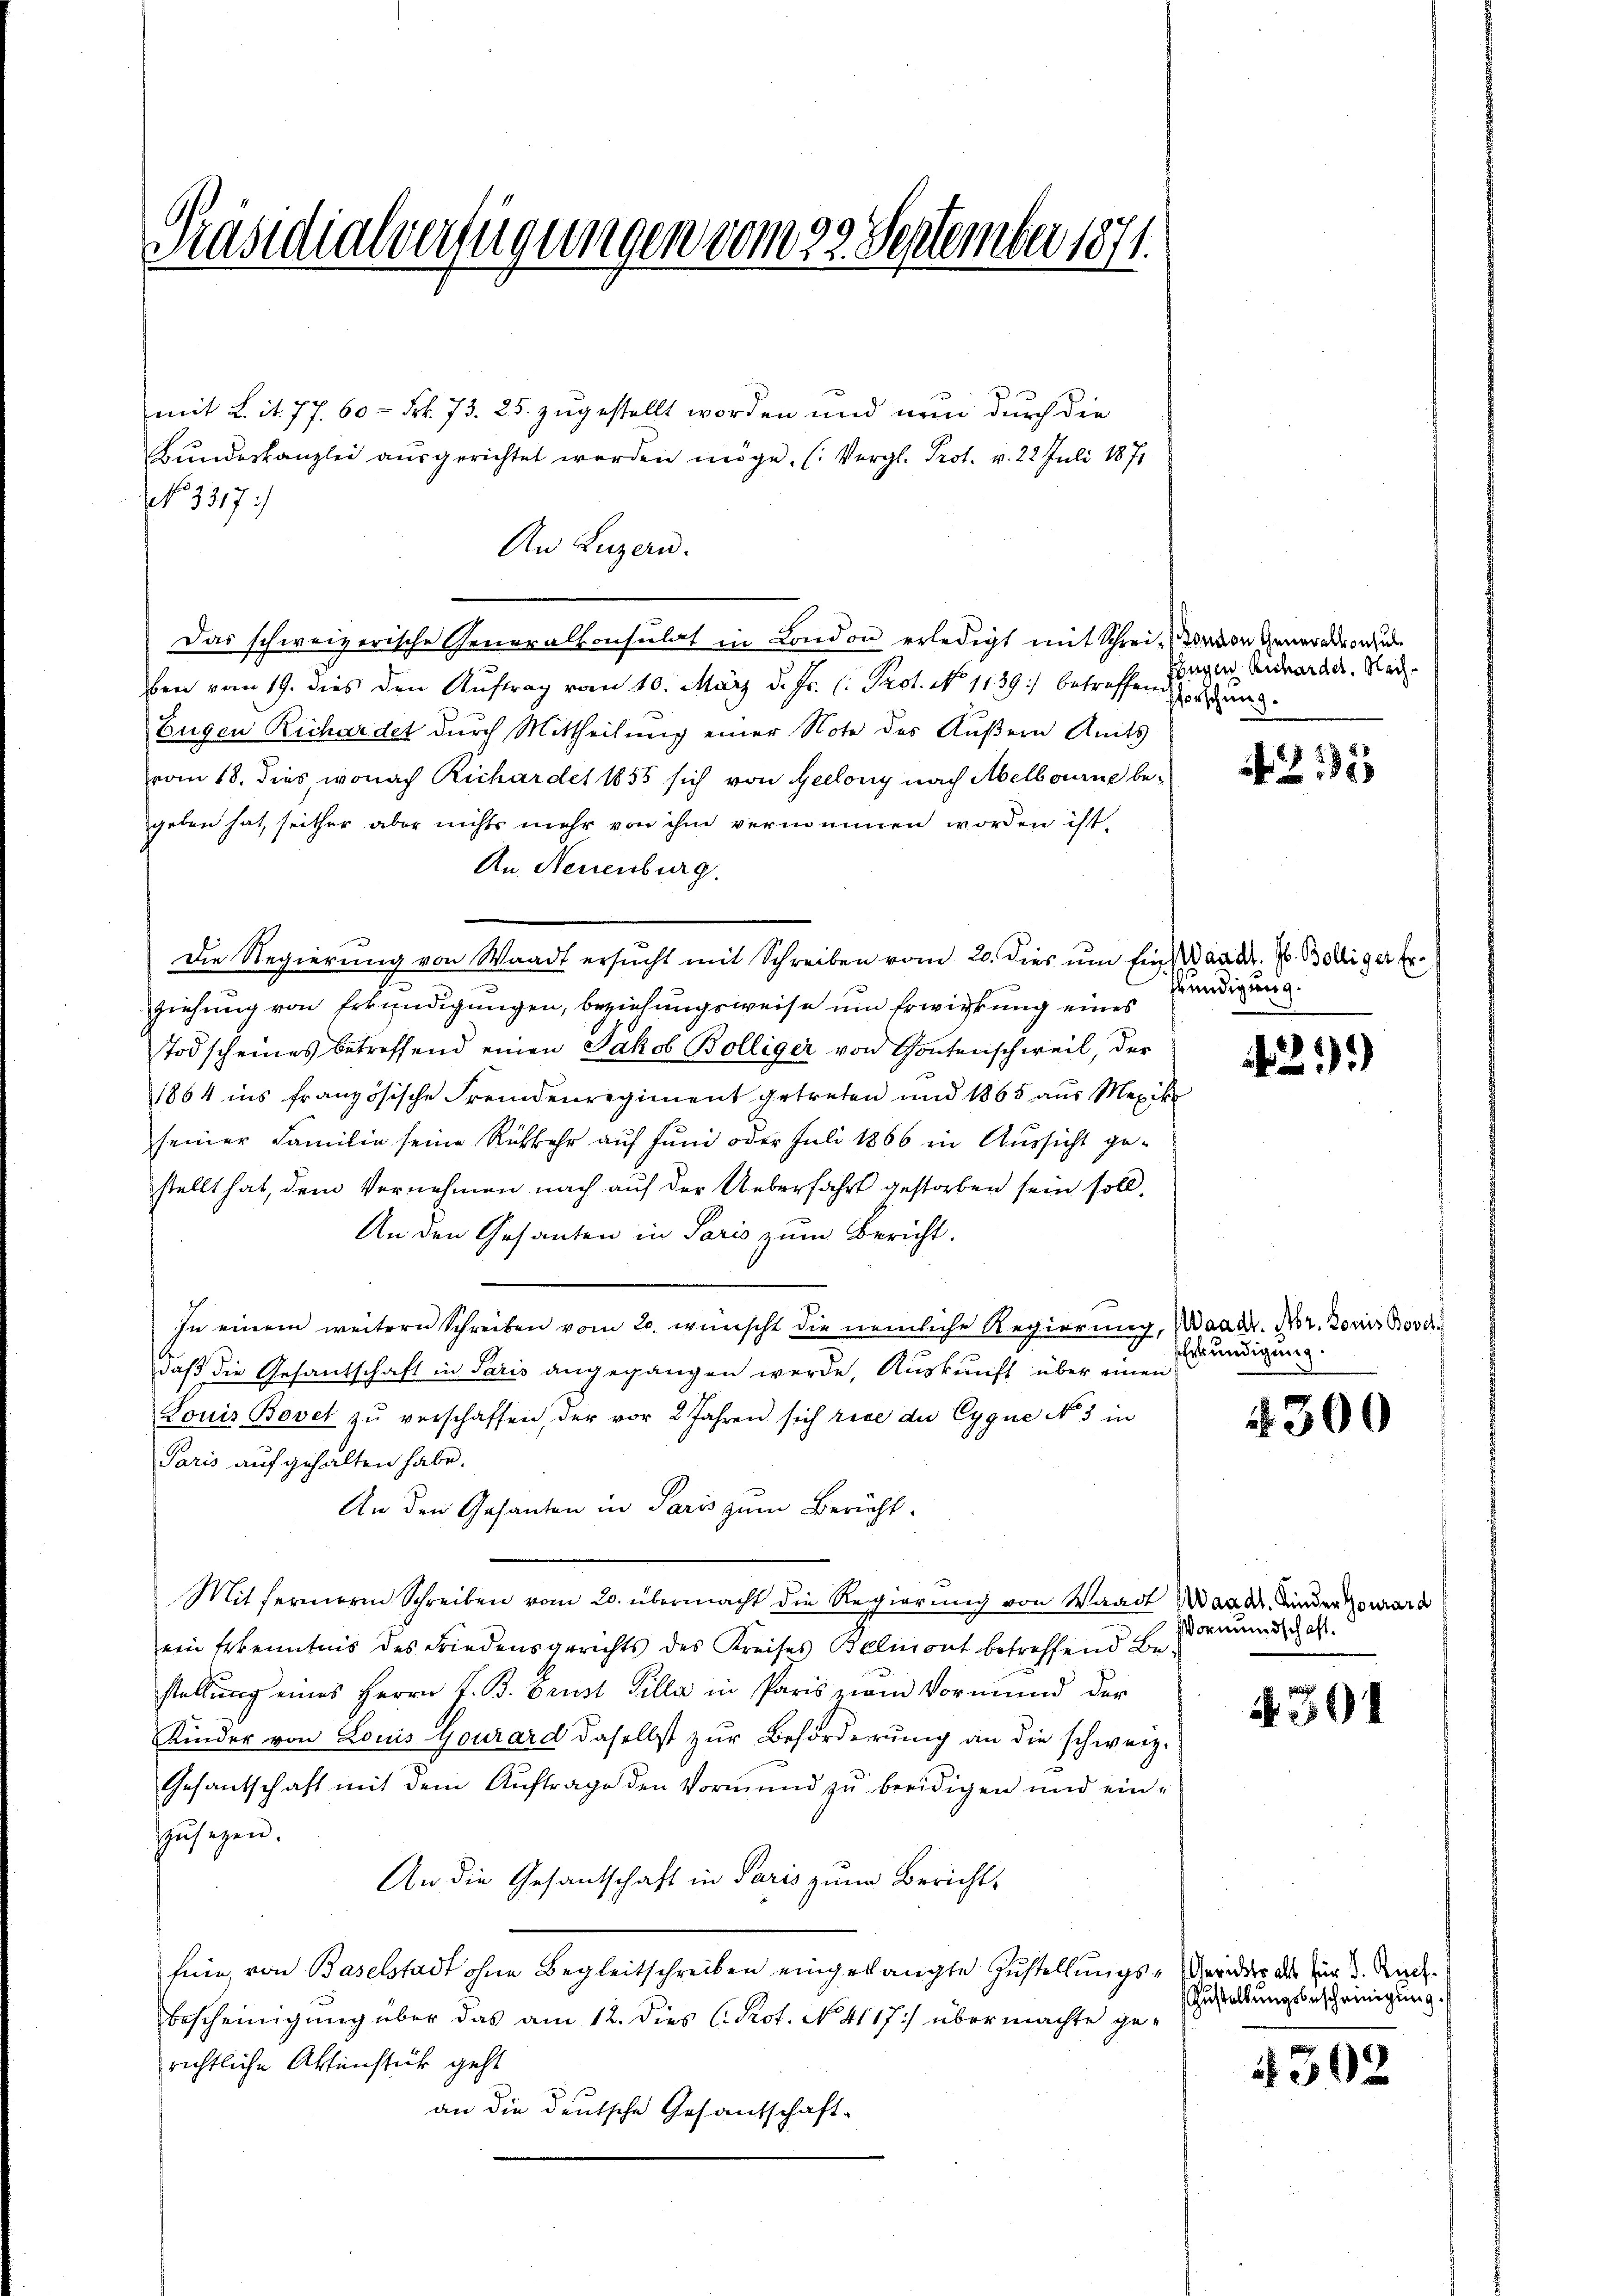
Präsidialverfügungen vom 29. September 1871.

mit Lit. 77. 60 = Frk. 73. 25. zugestellt worden und nun durch die
Bundeskanzlei ausgerichtet werden möge. (Vergl. Prot. v. 22. Juli 1871
An Luzern.
Das schweizerische Generalkonsulat in London erledigt mit Schrei-orvon Generalvorzu
ben vom 19. dies den Auftrag vom 10. März d. Js. l. Prot. No 1139) betreffend herung
Eugen Richardet durch Mittheilung einer Note des Äußern Amts
vom 18. dies, wonach Richardet 1855 sich von Geelony nach Abelbourne begeben hat, seither aber nichts mehr von ihm vernommen worden ist,
An Neuenburg.
ziehung von Erkundigungen, beziehungsweise um Erwirkung eines
Todscheines betreffend einen Jakob Bölliger von Gontenschweil, der
1864 ins französische Fremdenregiment getreten und 1865 aus Mexik
seiner Familie seine Rückkehr auf Juni oder Juli 1866 in Aussicht gestellt hat, dem Vernehmen nach auf der Ueberfahrt gestorben sein soll,
An den Gesanten in Paris zum Bericht.
In einem weitern Schreiben vom 20. wünscht die nemliche Regierung, Waadt. No 2. Doris Bover
daß die Gesantschaft in Paris angegangen werde, Auskunft über einen
Louis Bovet zŭ verschaffen, der vor 2 Jahren sich rice der Cygne No 5 in
Paris auf gehalten habe.
An den Gesanten in Paris zum Bericht.
Mitferner Schreiben vom 20. übermacht die Regierung von Waadt Wandr. Kinder ward
ein Erkenntnis des Friedensgerichts des Kreises Belmont betreffend Be-
stellung eines Herrn J. B. Brust Gilla in Paris zum Vormund der
Kinder von Louis Gourard daselbst zur Beförderung an die schweiz.
Gesantschaft mit dem Auftrage den Vormund zu beeidigen und ein-
zŭsezen.
An die Gesantschaft in Paris zum Bericht-
fein, von Baselstadt ohne Begleitschreiben eingelangte Zustellungs-Geridder als für 3. Ruck.
bescheinigung über das am 12. dies C. Prot. No. 4117) übermachte gerichtliche Aktenstück geht
an die deutsche Gesandschaft-

No. 3317)

Die Regierung von Waadt ersŭcht mit Schreiben vom 20. dies ŭm Ein andr. J. Bolliger Er-

Eugen Anharder. Nach¬

215

Kündigung.

2)

Erkundigung.

4300

Vormundschaft.

d. 301

Zustellungsbescheinigung.

4302